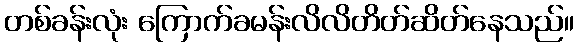
တစ်ခန်းလုံး ကြောက်ခမန်းလိလိတိတ်ဆိတ်နေသည်။